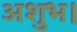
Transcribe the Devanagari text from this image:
अशुभ।